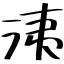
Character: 洟